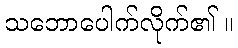
သဘောပေါက်လိုက်၏ ။